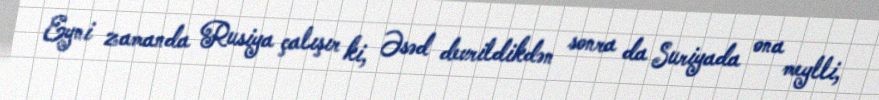
Eyni zamanda Rusiya çalışır ki, Əsəd devrildikdən sonra da Suriyada ona meylli,